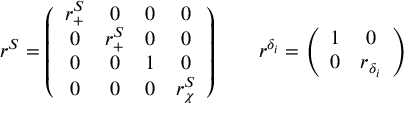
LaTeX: r ^ { S } = \left( \begin{array} { c c c c } { { r _ { + } ^ { S } } } & { { 0 } } & { { 0 } } & { { 0 } } \\ { { 0 } } & { { r _ { + } ^ { S } } } & { { 0 } } & { { 0 } } \\ { { 0 } } & { { 0 } } & { { 1 } } & { { 0 } } \\ { { 0 } } & { { 0 } } & { { 0 } } & { { r _ { \chi } ^ { S } } } \end{array} \right) \qquad r ^ { \delta _ { i } } = \left( \begin{array} { c c } { { 1 } } & { { 0 } } \\ { { 0 } } & { { r _ { \delta _ { i } } } } \end{array} \right)